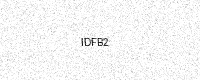
Text: IDFB2